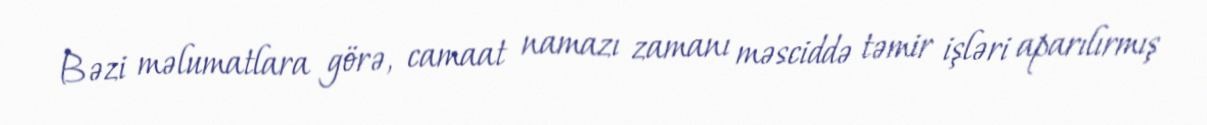
Bəzi məlumatlara görə, camaat namazı zamanı məsciddə təmir işləri aparılırmış